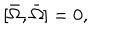
LaTeX: [ \bar { \Omega } , \bar { \Omega } ] = 0 ,